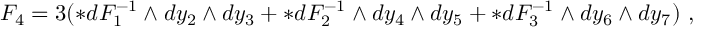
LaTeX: { \cal F } _ { 4 } = 3 ( * d F _ { 1 } ^ { - 1 } \wedge d y _ { 2 } \wedge d y _ { 3 } + * d F _ { 2 } ^ { - 1 } \wedge d y _ { 4 } \wedge d y _ { 5 } + * d F _ { 3 } ^ { - 1 } \wedge d y _ { 6 } \wedge d y _ { 7 } ) \ ,